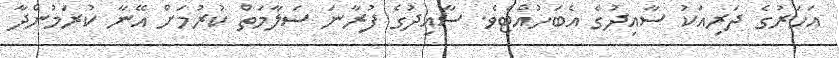
އަހަރުގެ ދަރިއަކު ސާއިދުގެ އެބަހުއްޓެވެ. ސާއިދުގެ ފުރާނަ ސަލާމަތް ކުރުމަށް އޭނާ ކުރަމުންދާ